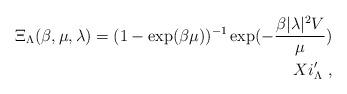
LaTeX: \begin{align*}\Xi_{\Lambda}(\beta,\mu,\lambda) = (1-\exp(\beta \mu))^{-1}\exp(-\frac{\beta |\lambda|^{2}V}{\mu})\\Xi^{\prime}_{\Lambda} \ ,\end{align*}